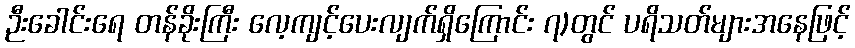
ဉီးခေါင်းရေ တန်ခိုးကြီး လေ့ကျင့်ပေးလျက်ရှိကြောင်း ၇)တွင် ပရိသတ်များအနေဖြင့်